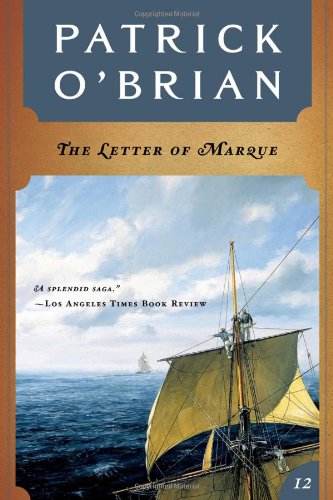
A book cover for The Letter of Marque (Vol. Book 12)  (Aubrey/Maturin Novels); Patrick O'Brian; Literature & Fiction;